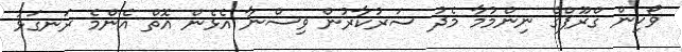
ވޯކިން ގްރޫޕްގެ ނިންމުމާ މެދު ސަރުކާރުން ވިސްނާ އެޅެން އޮތް އެންމެ ރަނގަޅު